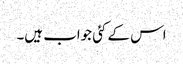
اس کے کئی جواب ہیں۔